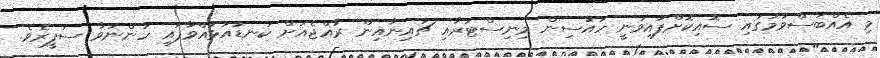
މި އެއްބަސްވުމުގައި ސޮއިކޮށްފައިވަނީ ހައުސިން މިނިސްޓަރާއި ޗައިނާއިން ރާއްޖެއަށް ކަނޑައަޅުއްވާފައި ހުންނަވާ ސަފީރެވެ.